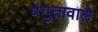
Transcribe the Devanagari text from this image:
पंगुतावाले